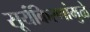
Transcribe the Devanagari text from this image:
सूर्यकिरणांमुळे